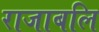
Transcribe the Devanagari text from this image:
राजाबलि